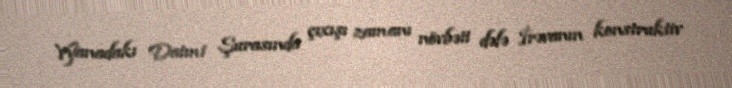
Vyanadakı Daimi Şurasında çıxışı zamanı növbəti dəfə İrəvanın konstruktiv